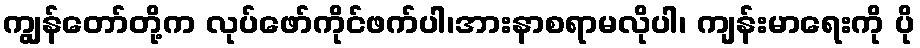
ကျွန်တော်တို့က လုပ်ဖော်ကိုင်ဖက်ပါ၊အားနာစရာမလိုပါ၊ ကျန်းမာရေးကို ပို